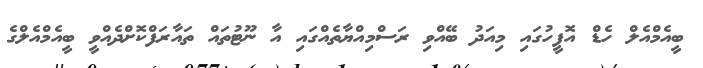
ބީއެމްއެލް ހެޑް އޮފީހުގައި މިއަދު ބޭއްވި ރަސްމިއްޔާތެއްގައި އާ ނޫޓުތައް ތައާރަފްކޮށްދެއްވީ ބީއެމްއެލްގެ